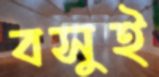
বসুই